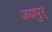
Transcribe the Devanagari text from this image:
जयपुर्